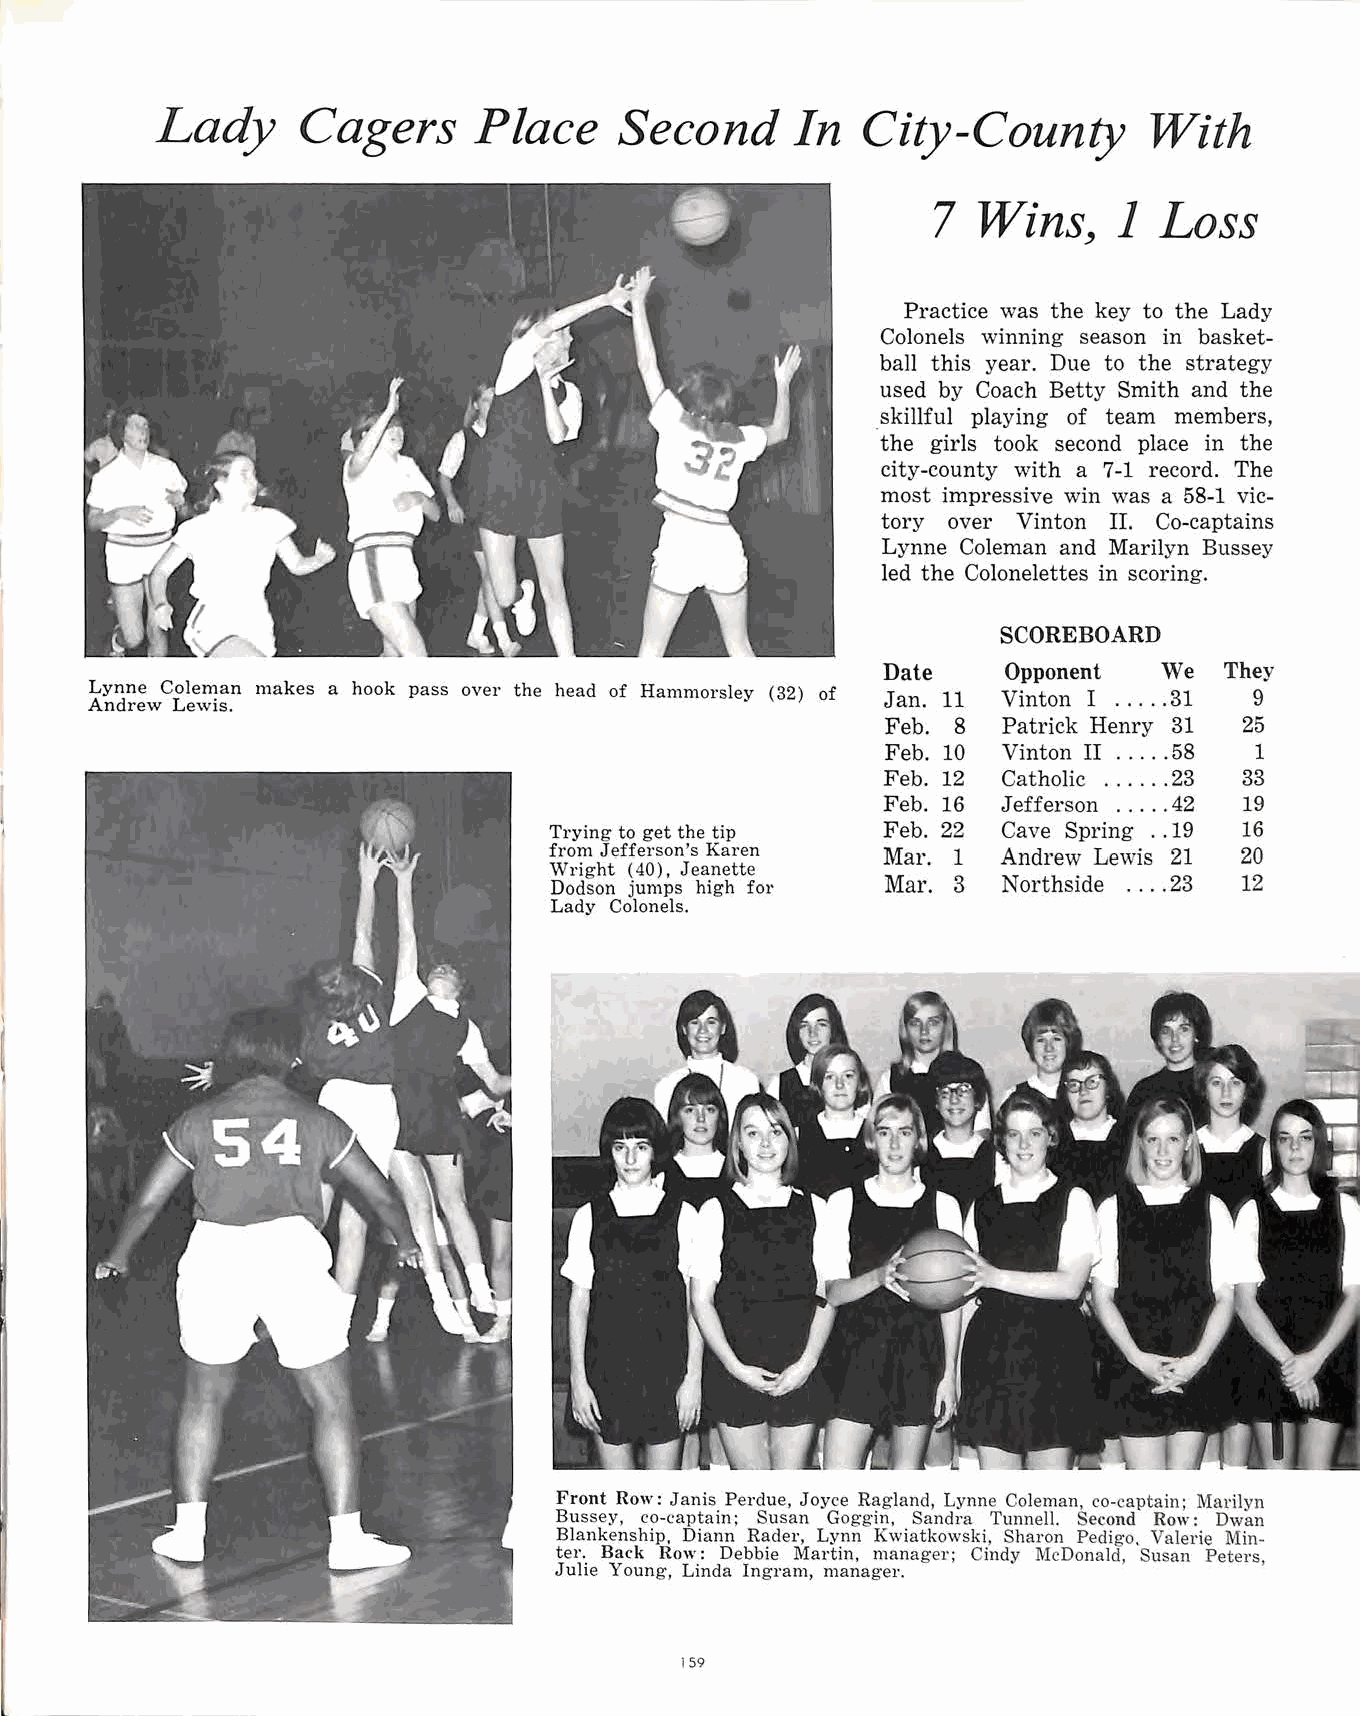
Lady      Cagers     Place     Second      In  City-County        With
 7  Wins,    1  Loss
 Practice was the key to the Lady
 Colonels winning season in basket
 ball this year. Due to the strategy
 used by Coach Betty Smith and the
 skillful playing of team members,
 the girls took second place in the
 city-county with a 7-1 record. The
 most impressive win was a 58-1 vic
 tory over Vinton II. Co-captains
 Lynne Coleman and Marilyn Bussey
 led the Colonelettes in scoring.
 SCOREBOARD
 Date     Opponent  '\Ve They
 Lynne Coleman makes a hook pass over the head of Hammorsley (32) of
 Andrew Lewis.                                        Jan. 11 Vinton I ... . . 31 9
 Feb. 8 Patrick Henry 31 25
 Feb. 10 Vinton II .. ... 58 1
 Feb. 12 Catholic .. .. . . 23 33
 Feb. 16 Jefferson .. .. . 42 19
 Trying to get the tip Feb. 22 Cave Spring .. 19 16
 from Jefferson's Karen Mar. 1 Andrew Lewis 21 20
 Wright ( 40), Jeanette
 Dodson jumps high for  Mar. 3 N orthside .... 23 12
 Lady Colonels.
 Front Row: Janis Perdue, Joyce Ragland, Lynne Coleman, co-captain; Marilyn
 Bussey, co-captain; Susan Goggin, Sandra Tunnell. Second Row: Dwan
 Blankenship, Diann Rader, Lynn Kwiatkowski, Sharon Pedigo. Valerie Min
 ter. Back Row: Debbie Martin, manager; Cindy McDonald, Susan Peters,
 Julie Young, Linda Ingram, manager.
 159